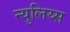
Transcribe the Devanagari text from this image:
न्युलिय्स